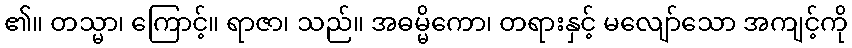
၏။ တသ္မာ၊ ကြောင့်။ ရာဇာ၊ သည်။ အဓမ္မိကော၊ တရားနှင့် မလျော်သော အကျင့်ကို